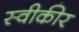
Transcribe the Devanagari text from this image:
स्वीकीर